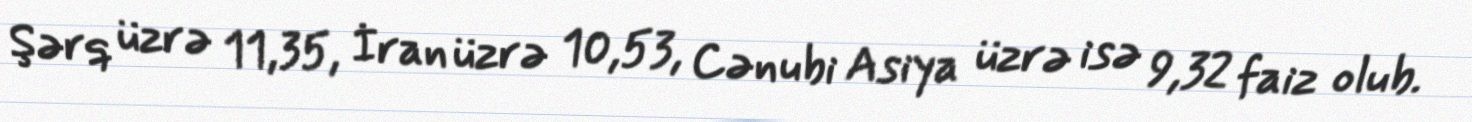
Şərq üzrə 11,35, İran üzrə 10,53, Cənubi Asiya üzrə isə 9,32 faiz olub.